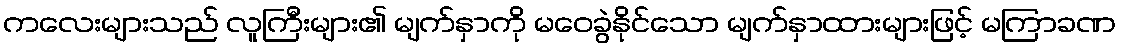
ကလေးများသည် လူကြီးများ၏ မျက်နှာကို မဝေခွဲနိုင်သော မျက်နှာထားများဖြင့် မကြာခဏ